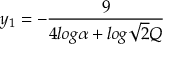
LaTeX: y _ { 1 } = - \frac { 9 } { 4 l o g \alpha + l o g \sqrt { 2 } Q }